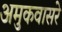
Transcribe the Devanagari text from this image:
अमुकवासरे